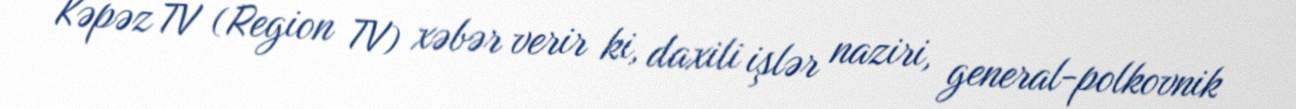
Kəpəz TV (Region TV) xəbər verir ki, daxili işlər naziri, general-polkovnik